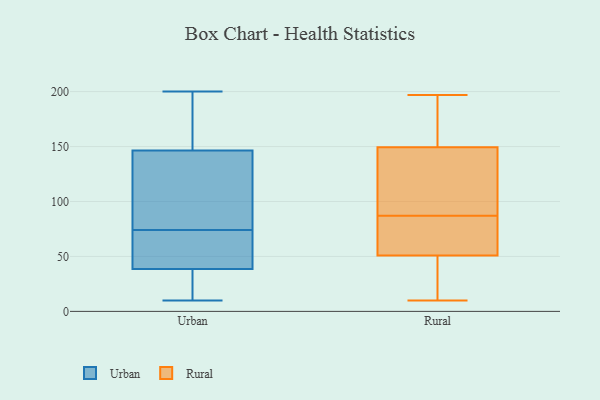
{"axis": {"x": "Satisfaction Score", "y": "Value"}, "legend": ["Rural", "Urban"], "data": [{"x": "", "y": 74, "type": "Urban"}, {"x": "", "y": 115, "type": "Urban"}, {"x": "", "y": 166, "type": "Urban"}, {"x": "", "y": 10, "type": "Urban"}, {"x": "", "y": 103, "type": "Urban"}, {"x": "", "y": 25, "type": "Urban"}, {"x": "", "y": 43, "type": "Urban"}, {"x": "", "y": 140, "type": "Urban"}, {"x": "", "y": 166, "type": "Urban"}, {"x": "", "y": 59, "type": "Urban"}, {"x": "", "y": 200, "type": "Urban"}, {"x": "", "y": 12, "type": "Urban"}, {"x": "", "y": 72, "type": "Urban"}, {"x": "", "y": 49, "type": "Rural"}, {"x": "", "y": 10, "type": "Rural"}, {"x": "", "y": 87, "type": "Rural"}, {"x": "", "y": 58, "type": "Rural"}, {"x": "", "y": 197, "type": "Rural"}, {"x": "", "y": 47, "type": "Rural"}, {"x": "", "y": 128, "type": "Rural"}, {"x": "", "y": 183, "type": "Rural"}, {"x": "", "y": 157, "type": "Rural"}, {"x": "", "y": 56, "type": "Rural"}, {"x": "", "y": 35, "type": "Rural"}, {"x": "", "y": 98, "type": "Rural"}, {"x": "", "y": 65, "type": "Rural"}, {"x": "", "y": 150, "type": "Rural"}, {"x": "", "y": 147, "type": "Rural"}]}